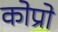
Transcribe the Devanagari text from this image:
कोप्रो